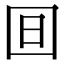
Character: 𣅍